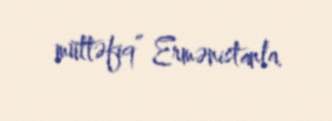
müttəfiq” Ermənistanla.